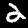
Digit: 2